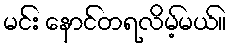
မင်း နောင်တရလိမ့်မယ်။